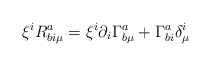
\begin{align*}\xi^i R^a_{b i\mu}=\xi^i\partial_i\Gamma^a_{b\mu}+\Gamma^a_{bi}\delta^i_\mu\end{align*}